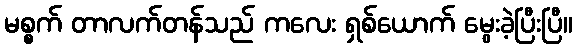
မစ္စက် တာလက်တန်သည် ကလေး ရှစ်ယောက် မွေးခဲ့ပြီးပြီ။